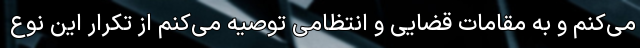
می‌کنم و به مقامات قضایی و انتظامی توصیه می‌کنم از تکرار این نوع